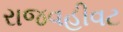
રાજવહીવટ